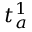
t _ { a } ^ { 1 }